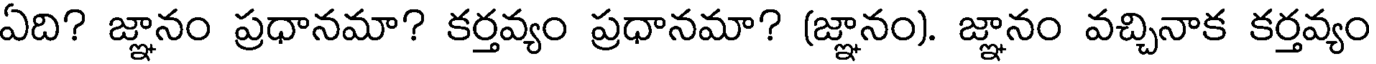
ఏది? జ్ఞానం ప్రధానమా? కర్తవ్యం ప్రధానమా? (జ్ఞానం). జ్ఞానం వచ్చినాక కర్తవ్యం